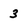
Character: 3